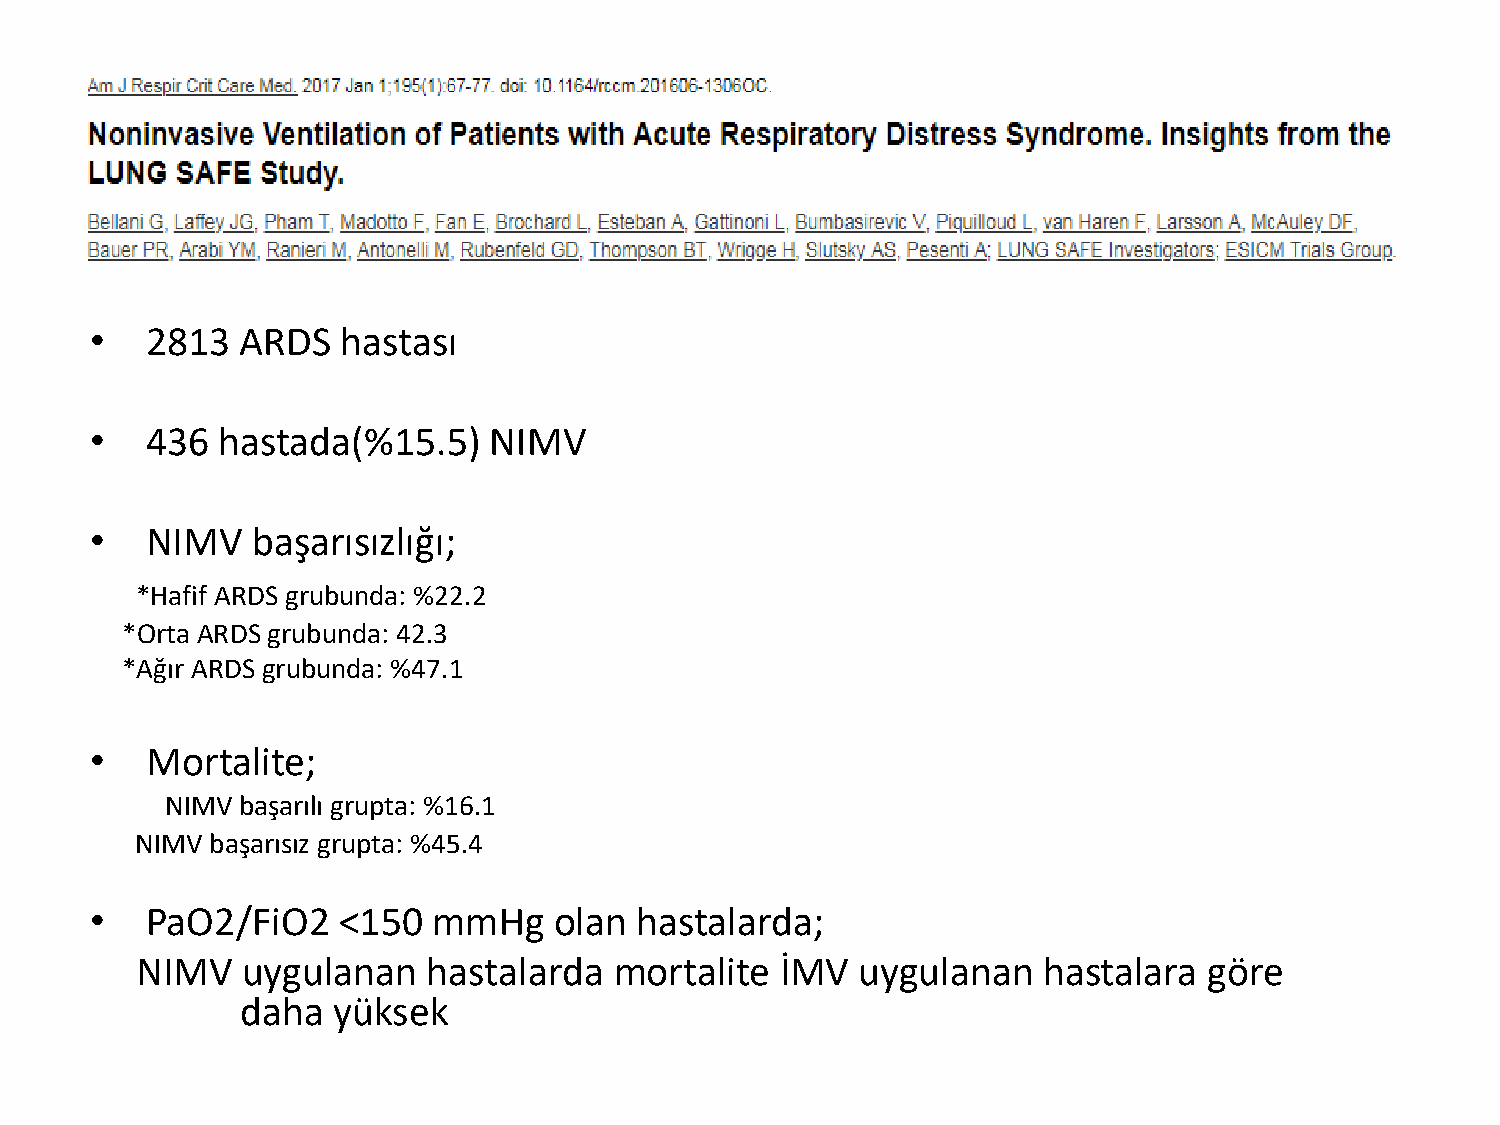
•   2813  ARDS   hastası
 •   436 hastada(%15.5)    NIMV
 •   NIMV   başarısızlığı;
 *Hafif ARDS grubunda: %22.2
 *Orta ARDS grubunda: 42.3
 *Ağır ARDS grubunda: %47.1
 •   Mortalite;
 NIMV başarılı grupta: %16.1
 NIMV başarısız grupta: %45.4
 •   PaO2/FiO2   <150   mmHg    olan hastalarda;
 NIMV   uygulanan   hastalarda   mortalite  İMV  uygulanan   hastalara  göre
 daha  yüksek